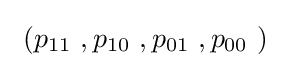
\ (p_{11}\ ,p_{10}\ ,p_{01}\ ,p_{00}\ )~